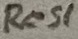
Text: Res1